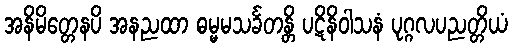
အနိမိတ္တေနပိ အနညထာ ဓမ္မမသင်္ခတန္တိ ပဋိနိဝါသနံ ပုဂ္ဂလပညတ္တိယံ